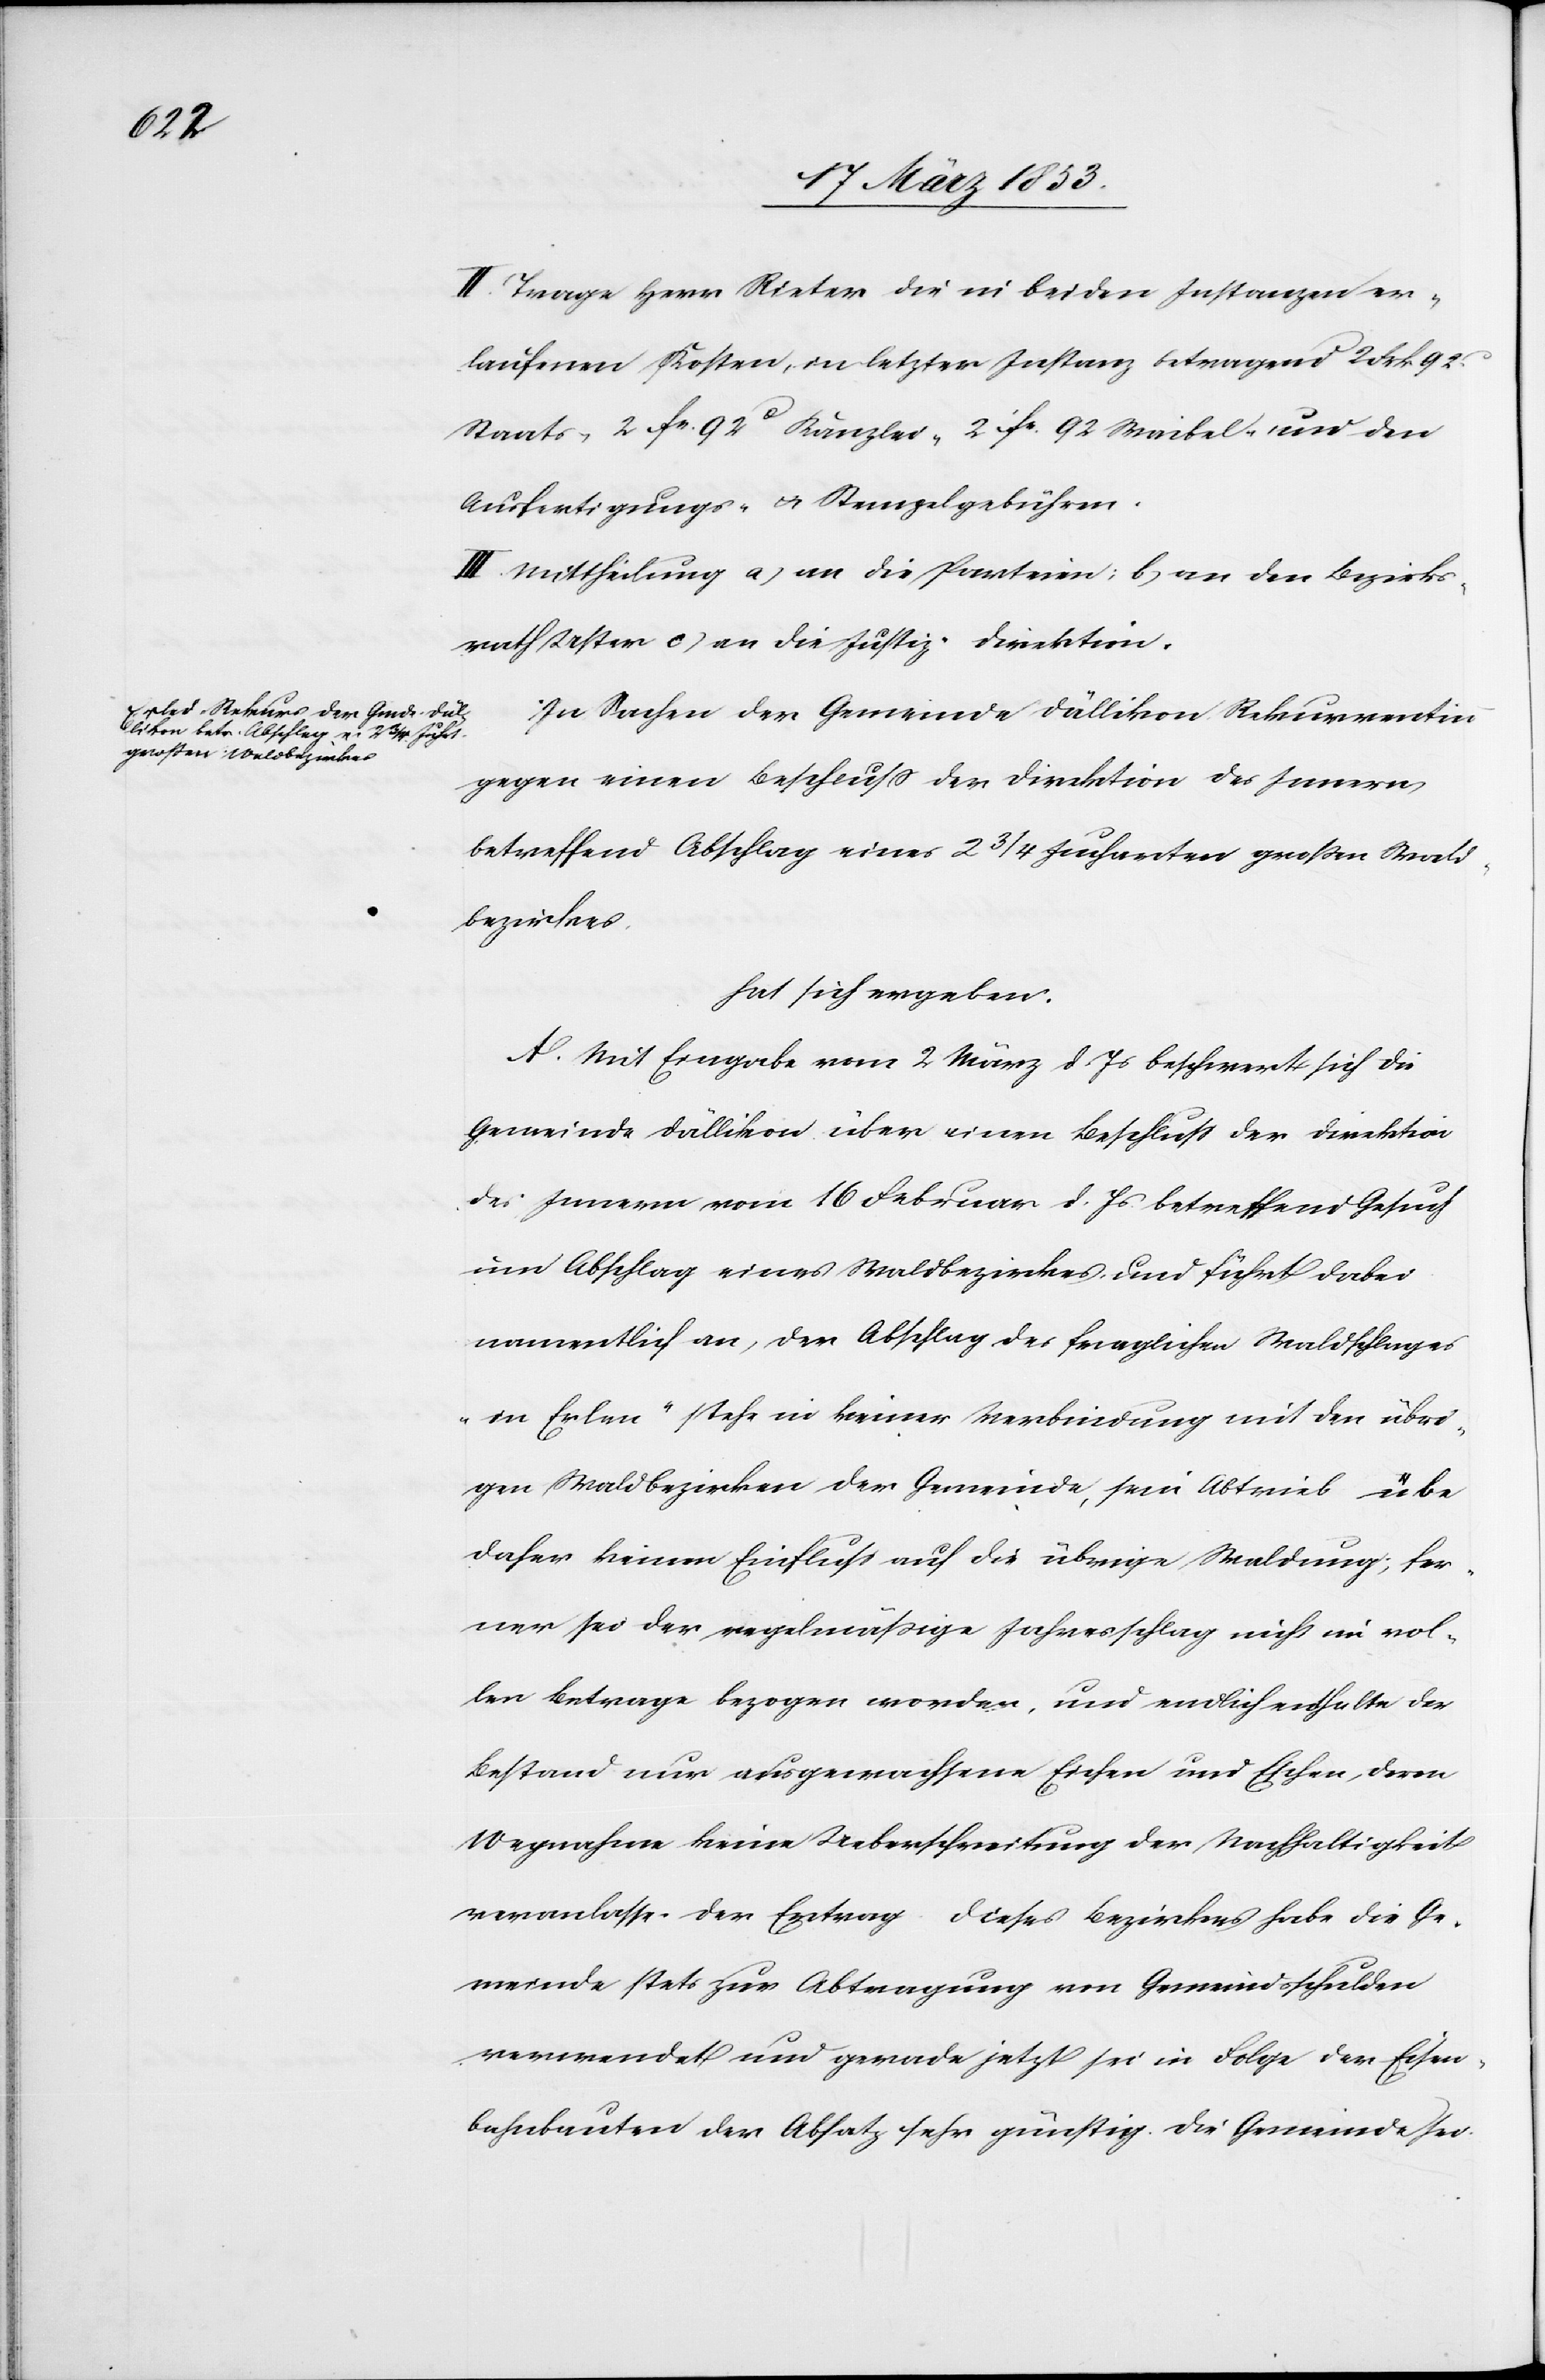
II. Trage Herr Rieter die in beiden Instanzen er¬
laufenen Kosten, in letzter Instanz betragend 2 Frk 92
Staats- 2 fr. 92 c Kanzlei- 2 fr. 92 Waibel- und den
Ausfertigungs- u. Stempelgebühren.
III. Mittheilung a, an die Parteien; b, an den Bezirks¬
rath Uster c, an die Justiz-Direktion.
In Sachen der Gemeinde Dällikon Rekurrentinn
gegen einen Beschluß der Direktion des Innern
betreffend Abschlag eines 2 3/4 Jucharten großen Wald¬
bezirkes.
hat sich ergeben:
Mit Eingabe vom 2 März d. Js. beschwert sich die
Gemeinde Dällikon über einen Beschluß der Direktion
des Innern vom 16 Februar d. Js. betreffend Gesuch
um Abschlag eines Waldbezirkes und führt dabei
namentlich an, der Abschlag des fraglichen Waldschlages
„in Erlen“ stehe in keiner Verbindung mit den übri¬
gen Waldbezirken der Gemeinde, sein Abtrieb übe
daher keinen Einfluß auf die übrige Waldung; fer¬
ner sei der regelmäßige Jahresschlag nicht im vol¬
len Betrage bezogen worden, und endlich enthalte der
Bestand nur ausgewachsene Eichen und Eschen, deren
Wegnahme keine Ueberschreitung der Nachhaltigkeit
veranlasse. Der Ertrag dieses Bezirkes habe die Ge¬
meinde stets zur Abtretung von Gemeindsschulden
verwendet und gerade jetzt sei in Folge der Eisen¬
bahnbauten der Absatz sehr günstig. Die Gemeinde sei